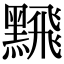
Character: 𫜛